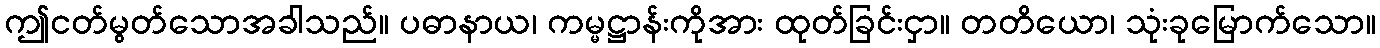
ဤငတ်မွတ်သောအခါသည်။ ပဓာနာယ၊ ကမ္မဋ္ဌာန်းကိုအား ထုတ်ခြင်းငှာ။ တတိယော၊ သုံးခုမြောက်သော။